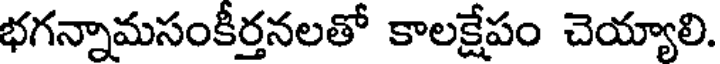
భగన్నామసంకీర్తనలతో కాలక్షేపం చెయ్యాలి.